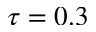
\tau = 0 . 3